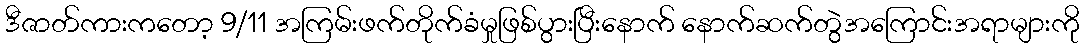
ဒီဇာတ်ကားကတော့ 9/11 အကြမ်းဖက်တိုက်ခံမှုဖြစ်ပွားပြီးနောက် နောက်ဆက်တွဲအကြောင်းအရာများကို